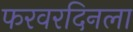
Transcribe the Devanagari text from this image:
फरवरदिनला